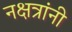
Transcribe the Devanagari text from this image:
नक्षत्रांनी